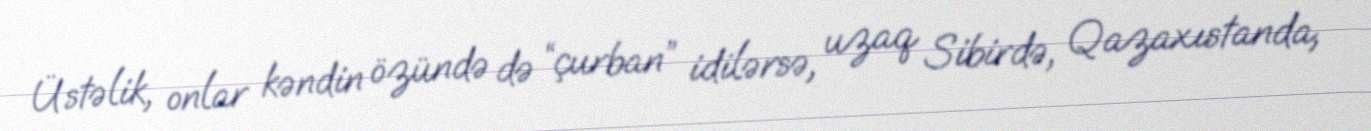
Üstəlik, onlar kəndin özündə də “çurban” idilərsə, uzaq Sibirdə, Qazaxıstanda,